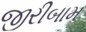
જીરીબામ